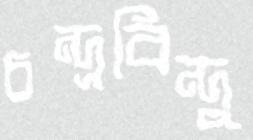
চন্দ্রবিন্দু